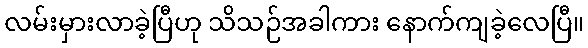
လမ်းမှားလာခဲ့ပြီဟု သိသဉ်အခါကား နောက်ကျခဲ့လေပြီ။